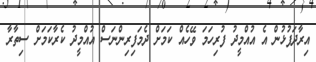
އިރާދަފުޅުން އެ އުއްމީދު ފުރިހަމަ ވޭހެއް ކަމަށް ދެމަފިރިންނަސް އުއްމީދު ކެރާކަމަށް ސިތާރާ